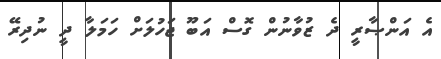
އެ އަންޞާރީ ދެ ޒުވާނުން ގޮސް އަބޫ ޖަހުލަށް ހަމަލާ ދީ ނުދިރޭ